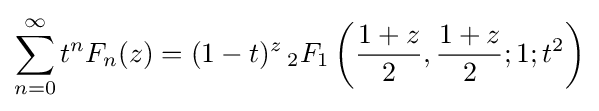
\sum _{n=0}^{\infty }t^{n}F_{n}(z)=(1-t)^{z}\,_{2}F_{1}\left({\frac {1+z}{2}},{\frac {1+z}{2}};1;t^{2}\right)